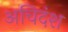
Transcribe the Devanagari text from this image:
अचिदंश